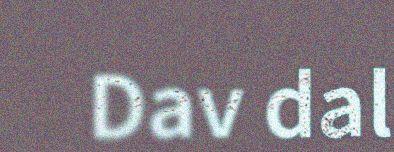
Dav dal